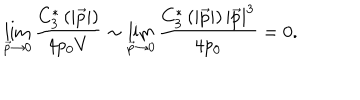
LaTeX: \lim _ { \vec { p } \rightarrow 0 } \frac { C _ { 3 } ^ { * } \left( \left| \vec { p } \right| \right) } { 4 p _ { 0 } V } \sim \lim _ { \vec { p } \rightarrow 0 } \frac { C _ { 3 } ^ { * } \left( \left| \vec { p } \right| \right) \left| \vec { p } \right| ^ { 3 } } { 4 p _ { 0 } } = 0 .